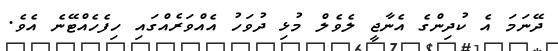
ދޭނަމަ އެ ކުދިންގެ އެނާޖީ ލެވެލް މުޅި ދުވަހު އެއްވަރެއްގައި ހިފެހެއްޓޭނެ އެވެ.